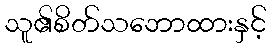
သူ၏စိတ်သဘောထားနှင့်